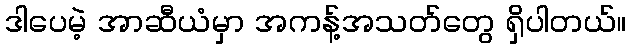
ဒါပေမဲ့ အာဆီယံမှာ အကန့်အသတ်တွေ ရှိပါတယ်။